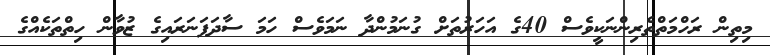
މިތިން ރަހްމަތްތެރިންނަކީވެސް 40ގެ އަހަރުތަށް ގުނަމުންދާ ނަމަވެސް ހަމަ ސާދަފަނަރައިގެ ޒުވާން ހިތްތަކެއްގެ